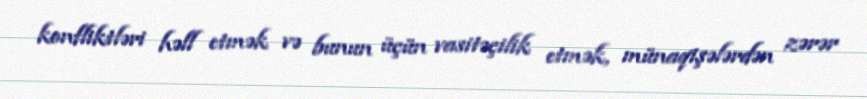
konfliktləri həll etmək və bunun üçün vasitəçilik etmək, münaqişələrdən zərər